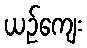
ယဉ်ကျေး